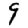
Digit: 9